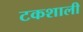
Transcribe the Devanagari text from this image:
टकशाली